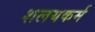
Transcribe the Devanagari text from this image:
शलयकर्म